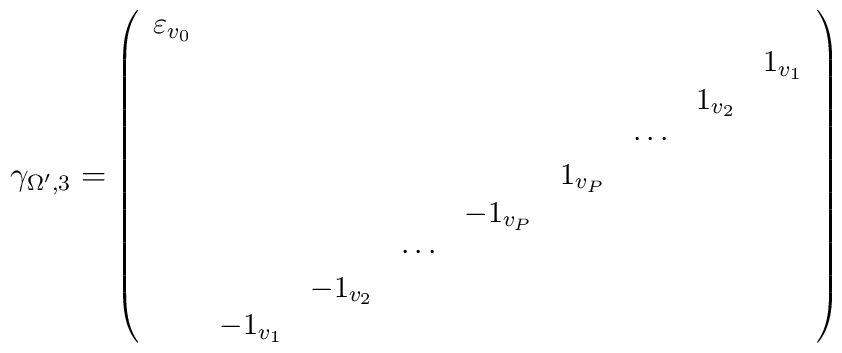
\gamma_{\Omega',3}={\small \left( \begin{array}{ccccccccc}\varepsilon_{v_0} & & & & & & & & \\ & & & & & & & & 1_{v_1} \\ & & & & & & &1_{v_2} &  \\ & & & & & & \cdots& &  \\ & & & & & 1_{v_P} & & & \\ & & & &-1_{v_P}& & & & \\ & & & \cdots & & & & & \\ & & -1_{v_2}& & & & & & \\ & -1_{v_1} & & & & & & &  \end{array}  \right)}